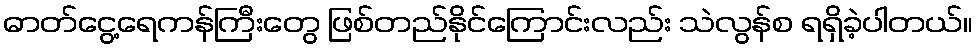
ဓာတ်ငွေ့ရေကန်ကြီးတွေ ဖြစ်တည်နိုင်ကြောင်းလည်း သဲလွန်စ ရရှိခဲ့ပါတယ်။